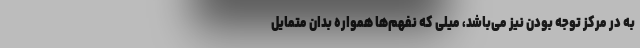
به در مرکز توجه بودن نیز می‌باشد، میلی که نفهم‌ها همواره بدان متمایل